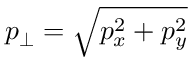
p _ { \perp } = \sqrt { p _ { x } ^ { 2 } + p _ { y } ^ { 2 } }